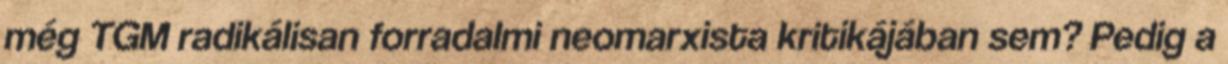
még TGM radikálisan forradalmi neomarxista kritikájában sem? Pedig a